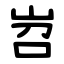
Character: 岧